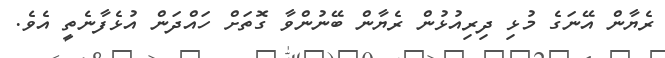
ރެޔާން އޭނަގެ މުޅި ދިރިއުޅުން ރެޔާން ބޭނުންވާ ގޮތަށް ހައްދަން އުޅެފާނެތީ އެވެ.